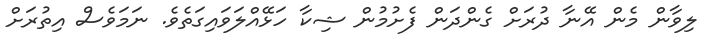
ލިވާން މެން އޭނާ ދުރަށް ގެންދަން ފެށުމުން ޝިކާ ހަޅޭއްލަވައިގަތެވެ. ނަމަވެސް އިތުރަށް